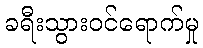
ခရီးသွားဝင်ရောက်မှု